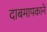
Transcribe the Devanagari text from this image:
दाबमापकाने